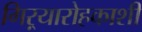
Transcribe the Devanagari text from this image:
गिऱ्यारोहकाशी